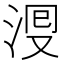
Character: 𣴬